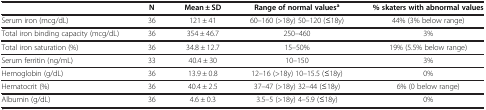
|  | N | Mean ± SD | Range of normal valuesa | % skaters with abnormal values |
 | --- | --- | --- | --- | --- |
 | Serum iron (mcg/dL) | 36 | 121 ± 41 | 60–160 (>18y) 50–120 (≤18y) | 44% (3% below range) |
 | Total iron binding capacity (mcg/dL) | 36 | 354 ± 46.7 | 250–460 | 3% |
 | Total iron saturation (%) | 36 | 34.8 ± 12.7 | 15–50% | 19% (5.5% below range) |
 | Serum ferritin (ng/mL) | 33 | 40.4 ± 30 | 10–150 | 3% |
 | Hemoglobin (g/dL) | 36 | 13.9 ± 0.8 | 12–16 (>18y) 10–15.5 (≤18y) | 0% |
 | Hematocrit (%) | 36 | 40.4 ± 2.5 | 37–47 (>18y) 32–44 (≤18y) | 6% (0 below range) |
 | Albumin (g/dL) | 36 | 4.6 ± 0.3 | 3.5–5 (>18y) 4–5.9 (≤18y) | 0% |